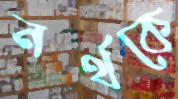
নর্থকে